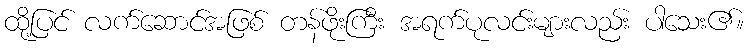
ထို့ပြင် လက်ဆောင်အဖြစ် တန်ဖိုးကြီး အရက်ပုလင်းများလည်း ပါသေး၏။